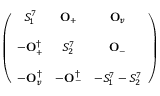
\left( \begin{array} { c c c } { { S _ { 1 } ^ { 7 } } } & { { { \bf O } _ { + } } } & { { { \bf O } _ { v } } } \\ { { } } & { { } } & { { } } \\ { { - { \bf O } _ { + } ^ { \dagger } } } & { { S _ { 2 } ^ { 7 } } } & { { { \bf O } _ { - } } } \\ { { } } & { { } } & { { } } \\ { { - { \bf O } _ { v } ^ { \dagger } } } & { { - { \bf O } _ { - } ^ { \dagger } } } & { { - S _ { 1 } ^ { 7 } - S _ { 2 } ^ { 7 } } } \end{array} \right)